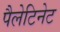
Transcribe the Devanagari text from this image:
पैलेटिनेट